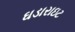
ઘડારાઇટ